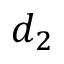
d _ { 2 }